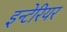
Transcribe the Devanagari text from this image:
इन्टेरियर